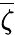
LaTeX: \overline{{\zeta}}